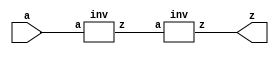
module buffer(a, z);
	input a;
	output z;
	
	inv i1(a, b);
	inv i2(b, z);
	
endmodule

module inv(a,z);
  input a;
  output z;

  assign z = ~a;
endmodule